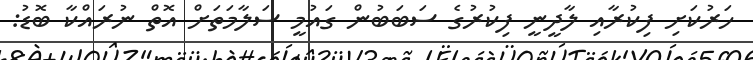
ހަރުކަށި ފިކުރާއި ލާދީނީ ފިކުރުގެ ސަބަބުން ގައުމީ ސަލާމަތަށް އޮތް ނުރައްކާ ބޮޑު: